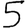
Digit: 5